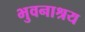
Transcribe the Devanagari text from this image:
भुवनाश्रय